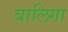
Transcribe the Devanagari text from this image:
बालिंगा